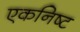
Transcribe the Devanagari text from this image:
एकनिष्ट